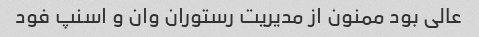
عالی بود ممنون از مدیریت رستوران وان و اسنپ فود